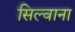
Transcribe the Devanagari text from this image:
सिल्वाना